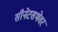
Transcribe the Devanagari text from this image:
सीनेटसभेवर